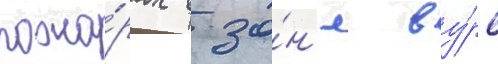
пожа́рах в зо́н'е ву́рс